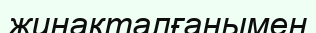
жинақталғанымен